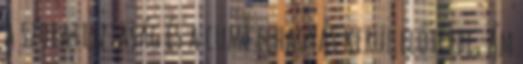
a szobatisztaság és a cumi elhagyás kerül előtérbe, ám